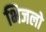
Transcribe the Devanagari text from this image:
भिजलो